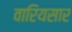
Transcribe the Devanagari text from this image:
वारियसार